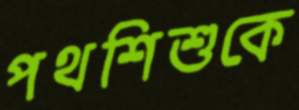
পথশিশুকে